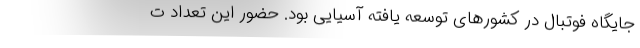
جایگاه فوتبال در کشورهای توسعه یافته آسیایی بود. حضور این تعداد ت